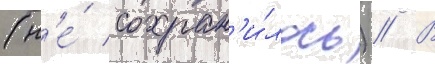
(н'е́ сохран'и́лось) // В